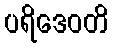
ပရိဒေဝတိ